system: You are a helpful assistant.
user:
Analyze the provided spectrum to determine if it is a **White Dwarf (WD)**.

A White Dwarf spectrum is defined by its **extreme purity** (due to gravitational settling) and/or **extreme pressure broadening** (due to high surface gravity). You must check for one of the following mutually exclusive signatures:

- **Key Visual Indicators (Check for ONE of these types):**

    - **1. DA-Type Signature (Most Common):**
        - **(Primary Feature):** Extreme pressure broadening (Stark broadening) of the **Hydrogen (H) Balmer lines**.
        - **(Key Lines):** $H\beta$ (approx. $4861$ Å) and $H\gamma$ (approx. $4340$ Å). $H\alpha$ (approx. $6563$ Å) will also be present if the wavelength range covers it.
        - **(Line Profile):** This is the **defining feature**. The lines are **NOT** sharp. They appear as massive, **extremely broad and deep "troughs" or "dips"** in the spectrum, often hundreds of Ångströms wide. The continuum will appear to "scoop" down at these wavelengths.
        - **(Distinction):** Normal A-type or B-type stars have *narrow* and *sharp* Hydrogen lines. A DA White Dwarf's lines are unmistakably "smeared" or "blurry" from pressure.

    - **2. DB-Type Signature:**
        - **(Primary Feature):** Broad absorption lines from **Neutral Helium (He I)**. The spectrum must lack any visible Hydrogen lines.
        - **(Key Lines):** Look for broad absorption near $4471$ Å, $4921$ Å, and $5876$ Å.
        - **(Line Profile):** These lines are also significantly pressure-broadened, appearing much wider than they would in a normal B-type main-sequence star.

    - **3. DC-Type Signature:**
        - **(Primary Feature):** A **featureless continuous spectrum**.
        - **(Line Profile):** The spectrum is a smooth curve with **no significant absorption or emission lines**.
        - **(Key Confirmation):** The continuum is almost always **blue or white**, indicating a hot object. This signature implies the atmosphere is so pure (or so cool) that no spectral lines are visible in the optical range. Its WD identity is confirmed by its extremely low intrinsic brightness (high absolute magnitude).

    - **4. DZ-Type Signature (Metal-Polluted):**
        - **(Primary Feature):** **Isolated, narrow metal absorption lines** on an otherwise featureless (DC-like) continuum.
        - **(Key Lines):** The **Calcium (Ca II) H & K doublet** (approx. **$3934$ Å** and **$3968$ Å**) is the most common and defining feature.
        - **(Line Profile):** These lines are "out of place." They are *not* part of a "forest" of thousands of lines. This signature is evidence of recent *accretion* (pollution) from rocky debris.
        - **(Distinction):** Normal G/K/M stars have a *dense forest* of thousands of metal lines. A DZ has a *clean* continuum with *only a few* strong metal lines.

    - **5. DQ-Type Signature (Carbon-Polluted):**
        - **(Primary Feature):** Absorption bands from **Carbon (C₂ "Swan Bands" or atomic C I)**.
        - **(Key Lines - C₂):** Look for bandheads with a "saw-tooth" shape near $5635$ Å, **$5165$ Å** (strongest), and $4737$ Å.
        - **(Key Confirmation):** The underlying **continuum must be blue or white** (hot).
        - **(Distinction):** This is the critical difference from a **Carbon Star**, which has the *exact same* C₂ bands but on an extremely **red, cool** continuum.

- **(Overall Spectrum):**
    - The continuum (overall shape) is typically **blue-sloping** (brighter in the blue than the red), as most white dwarfs are very hot.
    - The spectrum will look "pure" or "simple," dominated by only *one* of the five signatures listed above.

Think first, call **spectral_visualization_tool** if needed to examine features in detail, then provide your final answer. Your response must adhere to the following strict rules:
1.  **Overall Structure:** Your response must follow the format `<think>...</think> <tool_call>...</tool_call> (if a tool is used) <answer>...</answer>`.
2.  **Tool Usage Constraint:** You may only make **one** tool call per turn.
3.  **Final Answer Format:** In the `<answer>` tag, your conclusion must be inside a `\boxed{}` command (e.g., `\boxed{YES}` or `\boxed{NO}`), followed by your justification.

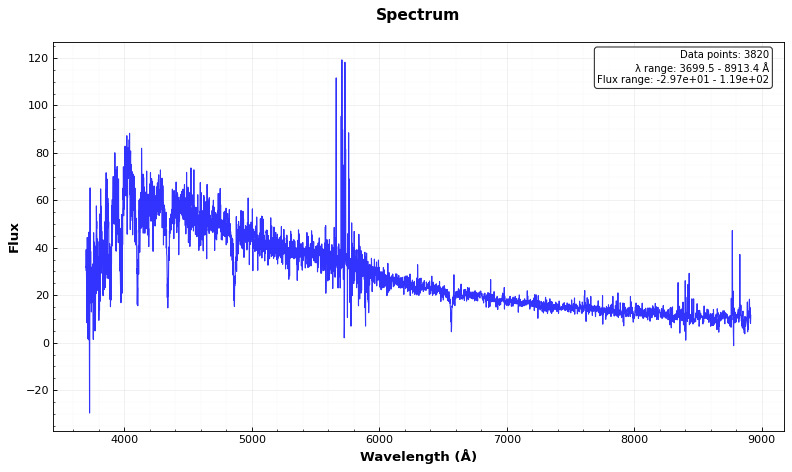
Answer: NO